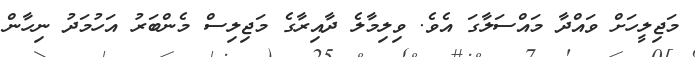
މަޖިލީހަށް ވައްދާ މައްސަލާގަ އެވެ. ވިލިމާލެ ދާއިރާގެ މަޖިލިސް މެންބަރު އަހުމަދު ނިހާން